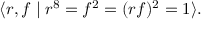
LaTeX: \langle r , f \mid r ^ { 8 } = f ^ { 2 } = ( r f ) ^ { 2 } = 1 \rangle .